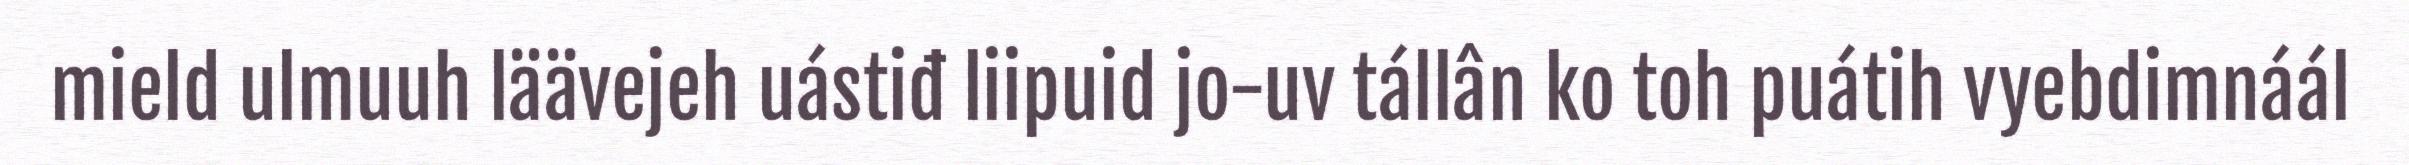
mield ulmuuh läävejeh uástiđ liipuid jo-uv tállân ko toh puátih vyebdimnáál